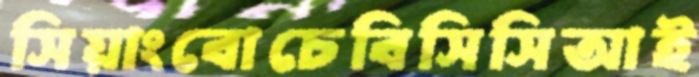
সিয়াংবোচেবিসিসিআই